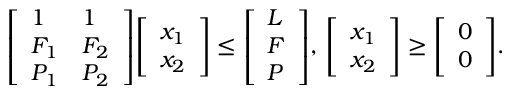
{ \left[ \begin{array} { l l } { 1 } & { 1 } \\ { F _ { 1 } } & { F _ { 2 } } \\ { P _ { 1 } } & { P _ { 2 } } \end{array} \right] } { \left[ \begin{array} { l } { x _ { 1 } } \\ { x _ { 2 } } \end{array} \right] } \leq { \left[ \begin{array} { l } { L } \\ { F } \\ { P } \end{array} \right] } , \, { \left[ \begin{array} { l } { x _ { 1 } } \\ { x _ { 2 } } \end{array} \right] } \geq { \left[ \begin{array} { l } { 0 } \\ { 0 } \end{array} \right] } .